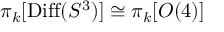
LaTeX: \pi _ { k } [ \mathrm { D i f f } ( S ^ { 3 } ) ] \cong \pi _ { k } [ O ( 4 ) ]